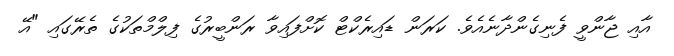
އާއި ޖާންވީ ފެނިގެންދާނެއެވެ. ކަރަން ޑައިރެކްޓް ކޮށްފައިވާ ރަންބީރުގެ ފިލްމްތަކުގެ ތެރޭގައި "އޭ